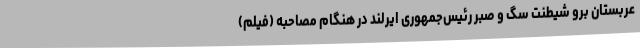
عربستان برو شیطنت سگ و صبر رئیس‌جمهوری ایرلند در هنگام مصاحبه (فیلم)